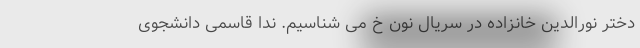
دختر نورالدین خانزاده در سریال نون خ می شناسیم. ندا قاسمی دانشجوی